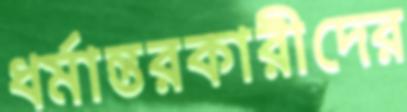
ধর্মান্তরকারীদের